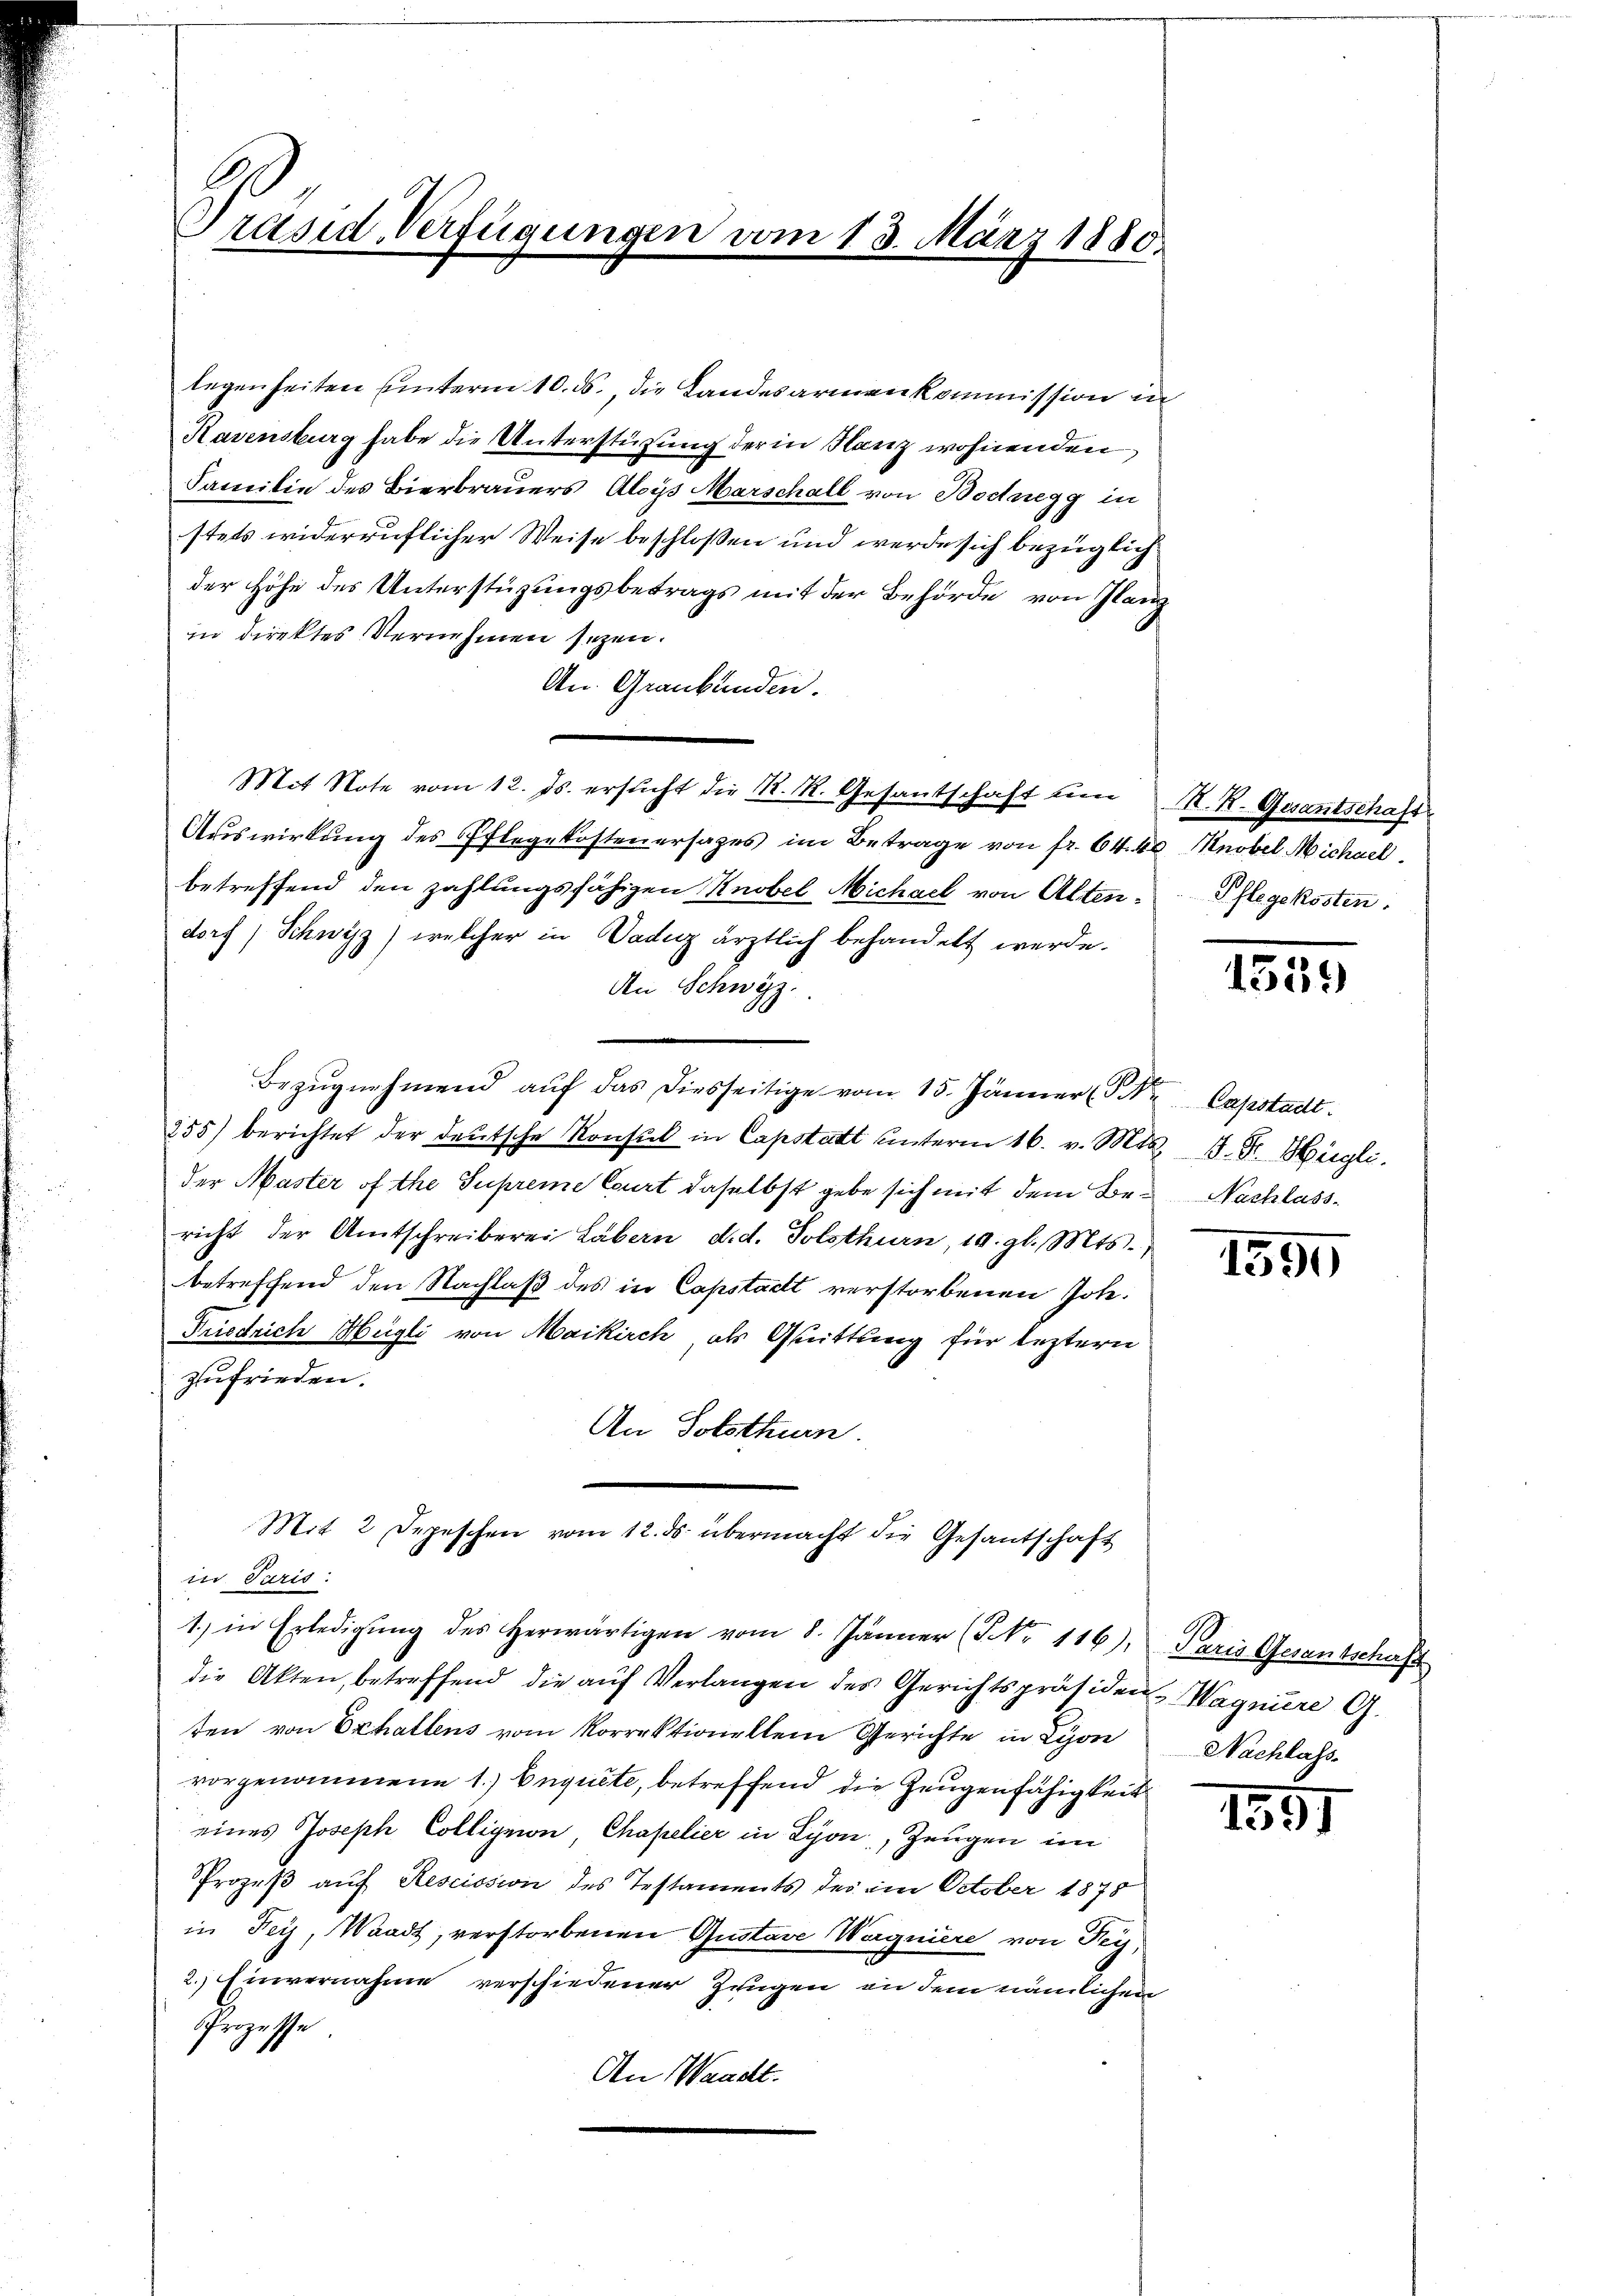
legenheiten unterm 10. ds., die Landesarmenkommission in
Kavensburg habe die Unterstützung der in Hanz wohnenden
Familie des Bierbrauers Aloys Marschall von Bedregg in
stets widerruflicher Weise beschloßen und werde sich bezüglich
der Höhe des Unterstüzungsbetrags mit der Behörde von Glanz
in direktes Vernehmen seyen.
An Graubünden.
Mit Note vom 12. Js. ersŭcht die R. R. Gesantschaft um K. K. Gesantschaft
Auswirkung des Pflegekosten ersages im Betrage von fr. 64. 40 Knobel Michael
betreffend den zahlungsfähigen Knobel, Michael von Alten-Pflegekosten.
dorf) Schwyz) welcher in Daduz ärztlich behandelt werde.
An Schwyz.
Bezŭgnehmend aŭf das diesseitige vom 15. Jänner (S. Capstadt.
255) berichtet der deutsche Konsul in Capstatt ŭnterm 16. v. Mts. J. F. Hiegli
der Master of the Supreme Court daselbst gebe sich mit dem Be- Nachlassricht der Amtschreiberei Läbern d. d. Solothurn, 19. gl. Mts.
betreffend den Nachlaß des in Capstadt verstorbenen Joh.
Friedrich Hügli von Maikirch, als Quittung für leztern
zufrieden.
An Solothurn.
Mit 2 Depeschen vom 12. ds. übermacht die Gesantschaft
in Paris:
1.) in Erledigŭng des herwärtigen vom 8. Jänner (7 Nr. 116), Paris Gesantschaft
die Akten, betreffend die aŭf Verlangen des Gerichtspräsiden Wagniere G.
ten von Exhallens vom Korrektionellem Gerichte in Lyon Nachlass
vorgenommene 1.) Enquete, betreffend die Zeugenfähigkeit
eines Joseph Colligion Chapelier in Lyon, Zeugen im
Prozeß auf Rescission des Testaments des am October 1875
in Fey, Waadt, verstorbenen Gustave Wagniere von Fey
2.) Einvernahme verschiedener Zeugen an dem nämlichen
Prozesse
An Waadt.

Co
räsid. Verfügungen vom 13. März 1880.

1539

1599

1551